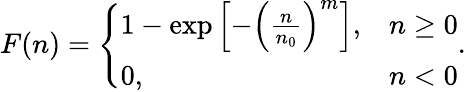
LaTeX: F(n)=\left\{ \begin{array}{ll}{1-\exp\left[-\left(\frac{n}{n_{0}}\right)^{m}\right],}&{n\ge 0}\\ {0,}&{n<0}\end{array}\right..